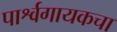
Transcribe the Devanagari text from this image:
पार्श्वगायकचा